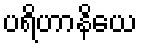
ပရိဟာနိယေ